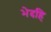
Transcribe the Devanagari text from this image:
भेदहि